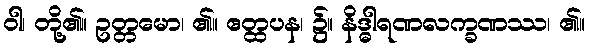
ဝါ၊ တို့၏။ ဥတ္တမော၊ ၏။ ဧတ္ထပန၊ ၌။ နိဒ္ဓါရဏလက္ခဏဿ၊ ၏။